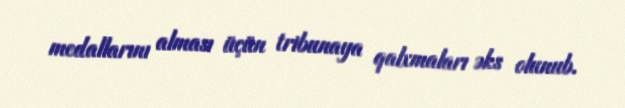
medallarını alması üçün tribunaya qalxmaları əks olunub.